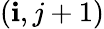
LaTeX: (\mathbf{i},j+1)